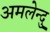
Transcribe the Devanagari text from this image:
अमलेन्दु